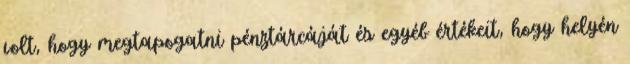
volt, hogy megtapogatni pénztárcáját és egyéb értékeit, hogy helyén